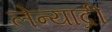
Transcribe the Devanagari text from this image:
लेन्याद्री